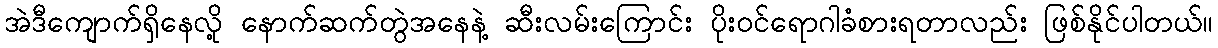
အဲဒီကျောက်ရှိနေလို့ နောက်ဆက်တွဲအနေနဲ့ ဆီးလမ်းကြောင်း ပိုးဝင်ရောဂါခံစားရတာလည်း ဖြစ်နိုင်ပါတယ်။